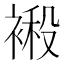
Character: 𮖙